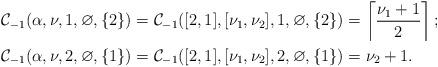
LaTeX: \begin{align*}& \mathcal{C}_{-1}(\alpha, \nu, 1, \varnothing, \lbrace 2 \rbrace) = \mathcal{C}_{-1}([2,1], [\nu_1, \nu_2], 1, \varnothing, \lbrace 2 \rbrace) = \left \lceil \frac{\nu_1 + 1}{2} \right \rceil; \\ & \mathcal{C}_{-1}(\alpha, \nu, 2, \varnothing, \lbrace 1 \rbrace) = \mathcal{C}_{-1}([2,1], [\nu_1, \nu_2], 2, \varnothing, \lbrace 1 \rbrace) = \nu_2 + 1.\end{align*}